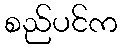
စည်ပင်က